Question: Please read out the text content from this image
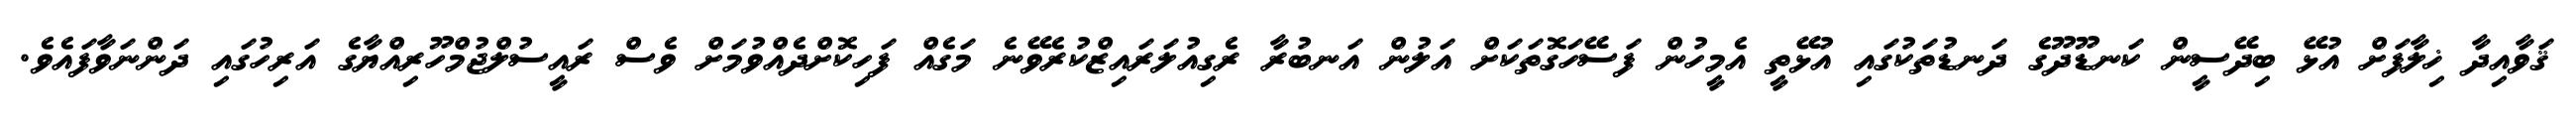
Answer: ޤަވާއިދާ ޚިލާފަށް އުޅޭ ބިދޭސީން ކަނޑޫދޫގެ ދަނޑުތަކުގައި އުޅޭތީ އެމީހުން ފަސޭހަގޮތަކަށް އަލުން އަނބުރާ ރެގިއުލަރައިޒްކުރެވޭނެ މަގެއް ފަހިކޮށްދެއްވުމަށް ވެސް ރައީސުލްޖުމްހޫރިއްޔާގެ އަރިހުގައި ދަންނަވާފައެވެ.